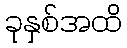
ခုနှစ်အထိ